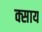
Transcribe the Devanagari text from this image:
क्साय